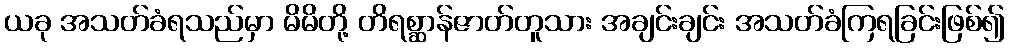
ယခု အသတ်ခံရသည်မှာ မိမိတို့ တိရစ္ဆာန်ဇာတ်တူသား အချင်းချင်း အသတ်ခံကြရခြင်းဖြစ်၍